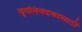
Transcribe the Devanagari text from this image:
वृत्तनिवेदकासाठी